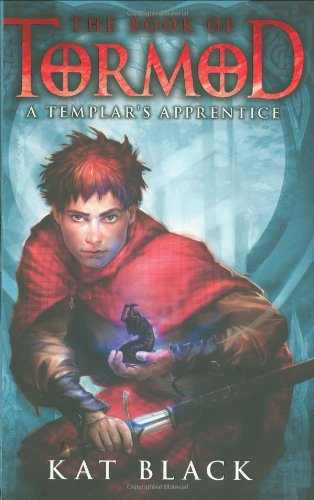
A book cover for The Book of Tormod #1: A Templar's Apprentice; Kat Black; Teen & Young Adult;